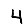
Digit: 4